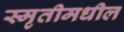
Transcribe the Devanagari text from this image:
स्मृतीमधील